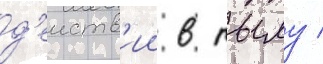
д'еиств'ии в тылу /